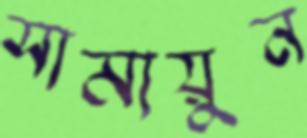
সামায়ুন